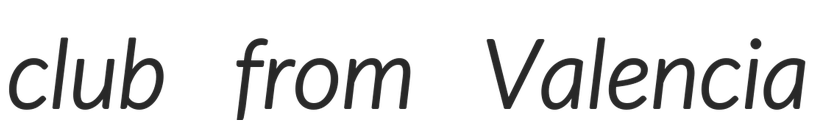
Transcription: club from Valencia